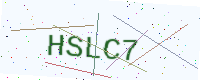
Text: HSLC7